system: You are a helpful assistant.
user:
Analyze the provided spectrum to determine if it is a **"Cataclysmic Variables (CV)"**.

- **Key Indicators for CV (Check for either state):**
    - **State 1: Quiescent / Low-State (Emission-Dominated)**
        - **(Primary):** Strong and *very broad* Hydrogen Balmer emission lines (e.g., $H\alpha$ at 6563 Å, $H\beta$ at 4861 Å). The 'broadness' (high velocity dispersion, often FWHM > 1000 km/s) is the key diagnostic, indicating a high-velocity accretion disk.
        - **(Secondary):** Broad neutral Helium (He I) emission lines (e.g., 5876 Å, 6678 Å).
        - **(Key Confirmation):** Presence of high-excitation *ionized* Helium (He II) emission at 4686 Å. This is a strong indicator of accretion onto a white dwarf.
        - **(Line Profile):** Emission lines may exhibit a 'double-peaked' profile, which is a classic signature of a rotating accretion disk viewed at high inclination.

    - **State 2: Outburst / High-State (Absorption-Dominated)**
        - **(Primary):** Spectrum is dominated by a bright, blue continuum (looks like a hot star).
        - **(Secondary):** The emission lines from State 1 are weak, absent, or 'filled in', and are replaced by broad, shallow *absorption* lines (primarily Balmer and He I).
        - **(Morphology):** The overall spectrum mimics a hot B/A-type star. The crucial difference is that the absorption lines are significantly broader, shallower, and more 'washed-out' (or 'smeared') than the sharp lines of a normal stellar photosphere, due to high rotational speeds and pressure broadening in the disk.

Think first, call **spectral_visualization_tool** if needed to examine features in detail, then provide your final answer. Your response must adhere to the following strict rules:
1.  **Overall Structure:** Your response must follow the format `<think>...</think> <tool_call>...</tool_call> (if a tool is used) <answer>...</answer>`.
2.  **Tool Usage Constraint:** You may only make **one** tool call per turn.
3.  **Final Answer Format:** In the `<answer>` tag, your conclusion must be inside a `\boxed{}` command (e.g., `\boxed{YES}`), followed by your justification.

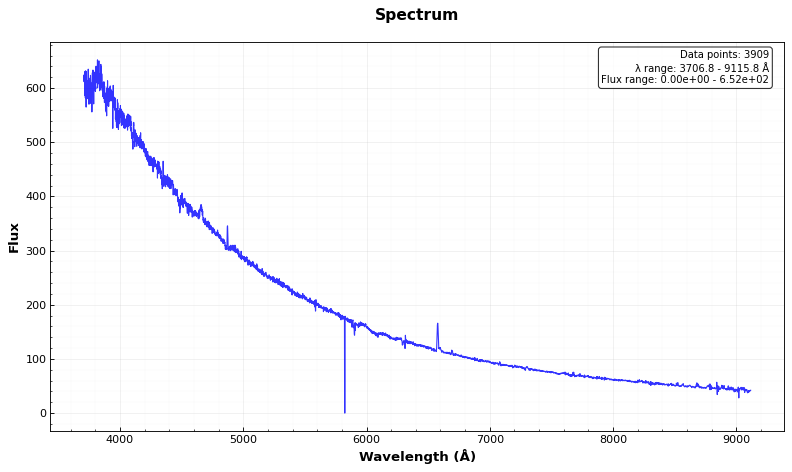
Answer: YES